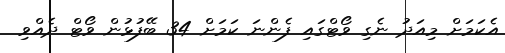
އެކަމަށް މިއަދު ނެގި ވޯޓްގައި ފެންނަ ކަމަށް 34 ބޭފުޅުން ވޯޓް ދެއްވި